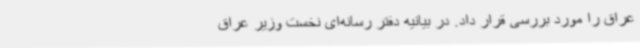
عراق را مورد بررسی قرار داد. در بیانیه دفتر رسانه‌ای نخست وزیر عراق